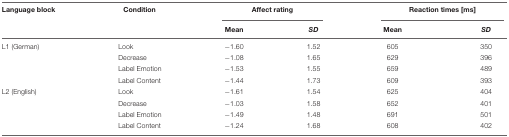
| Language block | Condition | <COLSPAN=2> Affect rating | <COLSPAN=2> Reaction times [ms] |
 |  |  | Mean | SD | Mean | SD |
 | --- | --- | --- | --- | --- | --- |
 | L1 (German) | Look | -1.60 | 1.52 | 605 | 350 |
 |  | Decrease | -1.08 | 1.65 | 629 | 396 |
 |  | Label Emotion | -1.53 | 1.55 | 659 | 489 |
 |  | Label Content | -1.44 | 1.73 | 609 | 393 |
 | L2 (English) | Look | -1.61 | 1.54 | 625 | 404 |
 |  | Decrease | -1.03 | 1.58 | 652 | 401 |
 |  | Label Emotion | -1.49 | 1.48 | 691 | 501 |
 |  | Label Content | -1.24 | 1.68 | 608 | 402 |